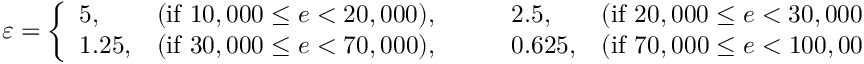
\begin{array} { r } { \varepsilon = \left\{ \begin{array} { l l l l } { 5 , } & { \mathrm { ( i f ~ } 1 0 , 0 0 0 \leq e < 2 0 , 0 0 0 \mathrm { ) } , \qquad } & { 2 . 5 , } & { \mathrm { ( i f ~ } 2 0 , 0 0 0 \leq e < 3 0 , 0 0 0 \mathrm { ) } , } \\ { 1 . 2 5 , } & { \mathrm { ( i f ~ } 3 0 , 0 0 0 \leq e < 7 0 , 0 0 0 \mathrm { ) } , \qquad } & { 0 . 6 2 5 , } & { \mathrm { ( i f ~ } 7 0 , 0 0 0 \leq e < 1 0 0 , 0 0 0 \mathrm { ) } , } \end{array} \right. } \end{array}